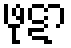
ဖုဋာ